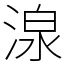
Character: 湶